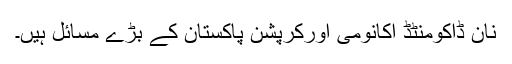
نان ڈاکومنٹڈ اکانومی اورکرپشن پاکستان کے بڑے مسائل ہیں۔